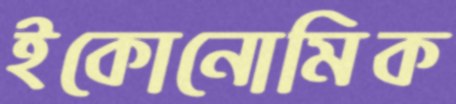
ইকোনোমিক